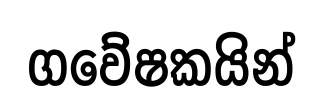
ගවේෂකයින්